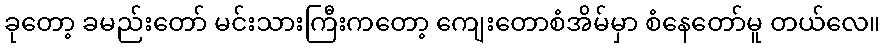
ခုတော့ ခမည်းတော် မင်းသားကြီးကတော့ ကျေးတောစံအိမ်မှာ စံနေတော်မူ တယ်လေ။